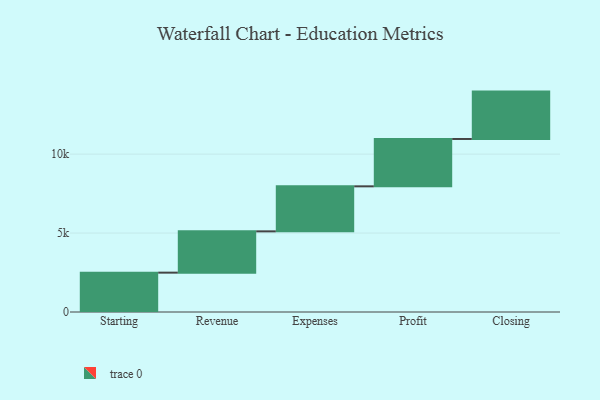
{"axis": {"x": "Step", "y": "Value"}, "legend": [""], "data": [{"x": "Starting", "y": 2492.0, "type": ""}, {"x": "Revenue", "y": 2616.0, "type": ""}, {"x": "Expenses", "y": 2851.0, "type": ""}, {"x": "Profit", "y": 3000, "type": ""}, {"x": "Closing", "y": 3000, "type": ""}]}